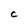
Character: C